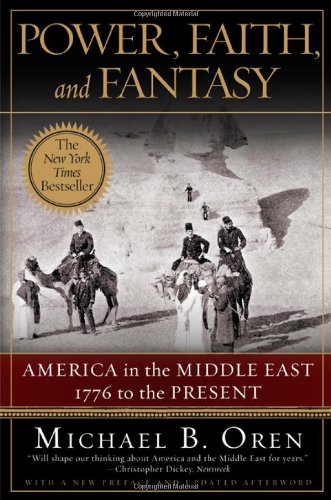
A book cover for Power, Faith, and Fantasy: America in the Middle East: 1776 to the Present; Michael B. Oren; History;